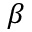
\beta